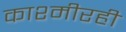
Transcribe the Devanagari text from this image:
काश्मीरही